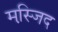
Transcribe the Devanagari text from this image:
मस्जि़द